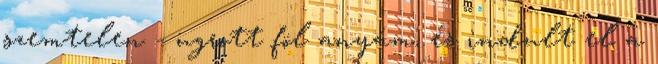
szemtelen - ugrott föl anyám, és indult el a